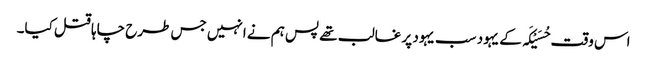
اس وقت حُسَیْکَہ کے یہود سب یہود پر غالب تھے پس ہم نے انہیں جس طرح چاہا قتل کیا۔